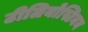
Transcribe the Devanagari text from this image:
टीलियोस्टियन